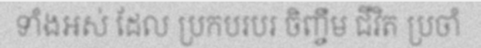
ទាំងអស់ ដែល ប្រកបរបរ ចិញ្ចឹម ជីវិត ប្រចាំ